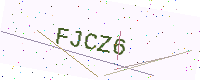
Text: FJCZ6